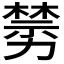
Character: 𠢵